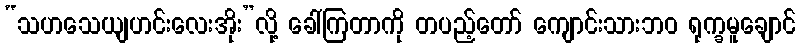
“သဟသေယျဟင်းလေးအိုး”လို့ ခေါ်ကြတာကို တပည့်တော် ကျောင်းသားဘဝ ရုက္ခမူချောင်